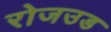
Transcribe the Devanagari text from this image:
रोजउड